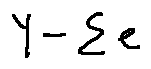
Y - \sum e